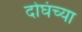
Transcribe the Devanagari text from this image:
दोघंच्या